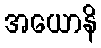
အယောနိ